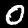
Digit: 0